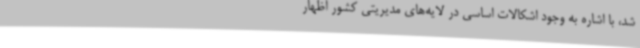
شد، با اشاره به وجود اشکالات اساسی در لایه‌های مدیریتی کشور اظهار